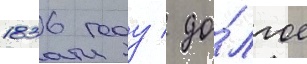
1836 году / до́лгое